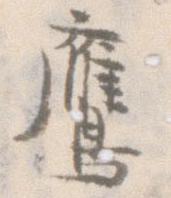
鷹